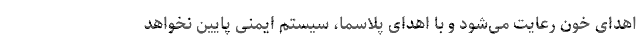
اهدای خون رعایت می‌شود و با اهدای پلاسما، سیستم ایمنی پایین نخواهد